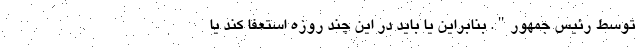
توسط رئیس جمهور". بنابراین یا باید در این چند روزه استعفا کند یا